Report on the working of the Ranchi Indian Mental Hospital, Kanke, in Bihar and Orissa - 1930-1940
Year: 1930
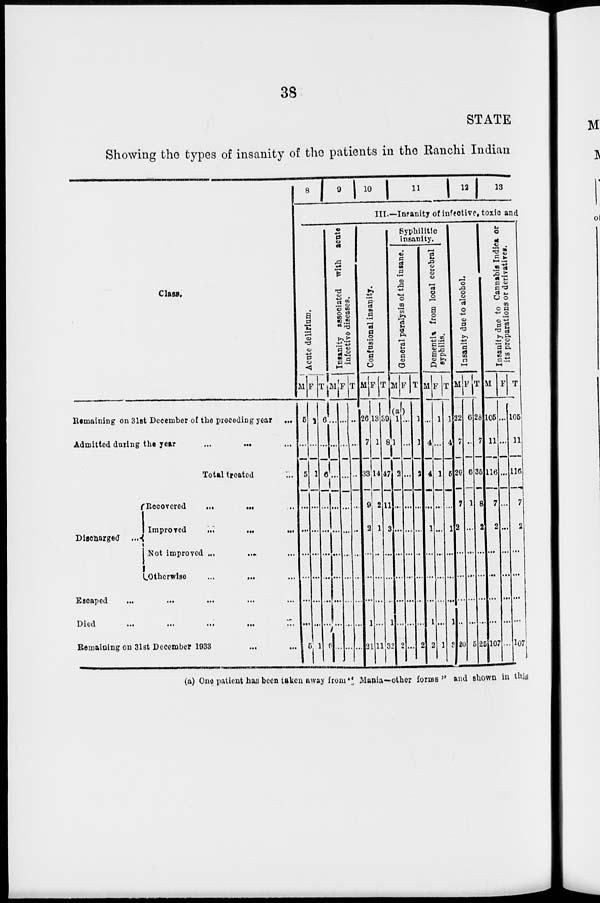
38
STATE
Showing the types of insanity of the patients in the Ranchi Indian
Class.
Remaining on 31st December of the preceding year
...
Admitted during the year
...
... ...
Total treated ...
Discharged
...
Recovered ... ... ...
Improved ... ... ...
Not improved ...
... ...
Otherwise ... ... ...
Escaped ... ... ... ...
Died ... ... ... ...
Remaining on 31st December 1933 ... ...
8 9 10 11 12 13
III.—Insanity of infective, toxic and
Acute delirium.
M
5
...
5
...
...
...
...
...
...
5
F
1
...
1
...
...
...
...
...
...
1
T
6
...
6
...
...
...
...
...
...
6
Insanity associated with acute
infective diseases.
M
...
...
...
...
...
...
...
...
...
...
F
...
...
...
...
...
...
...
...
...
...
T
...
...
...
...
...
...
...
...
...
...
Confusional insanity.
M
26
7
33
9
2
...
...
...
1
21
F
13
1
14
2
1
...
...
...
...
11
T
39
8
47
11
3
...
...
...
1
32
Syphilitic
insanity.
General paralysis of the insane.
M
(a) 1
1
2
...
...
...
...
...
...
2
F
...
...
...
...
...
...
...
...
...
...
T
1
1
2
...
...
...
...
...
...
2
Dementia from local cerebral
syphilis.
M
...
4
4
...
1
...
...
...
1
2
F
1
...
1
...
...
...
...
...
...
1
T
1
4
5
...
1
...
...
...
1
3
Insanity due to alcohol.
M
22
7
29
7
2
...
...
...
...
20
F
6
...
6
1
...
...
...
...
...
5
T
28
7
35
8
2
...
...
...
...
25
Insanity due to Cannabis Indica or
its preparations or derivatives.
M
105
11
116
7
2
...
...
...
...
107
F
...
...
...
...
...
...
...
...
...
...
T
105
11
116
7
2
...
...
...
...
107
(a) One patient has been taken away from " Mania—other forms " and shown in this